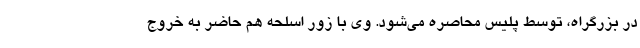
در بزرگراه، توسط پلیس محاصره می‌شود. وی با زور اسلحه هم حاضر به خروج